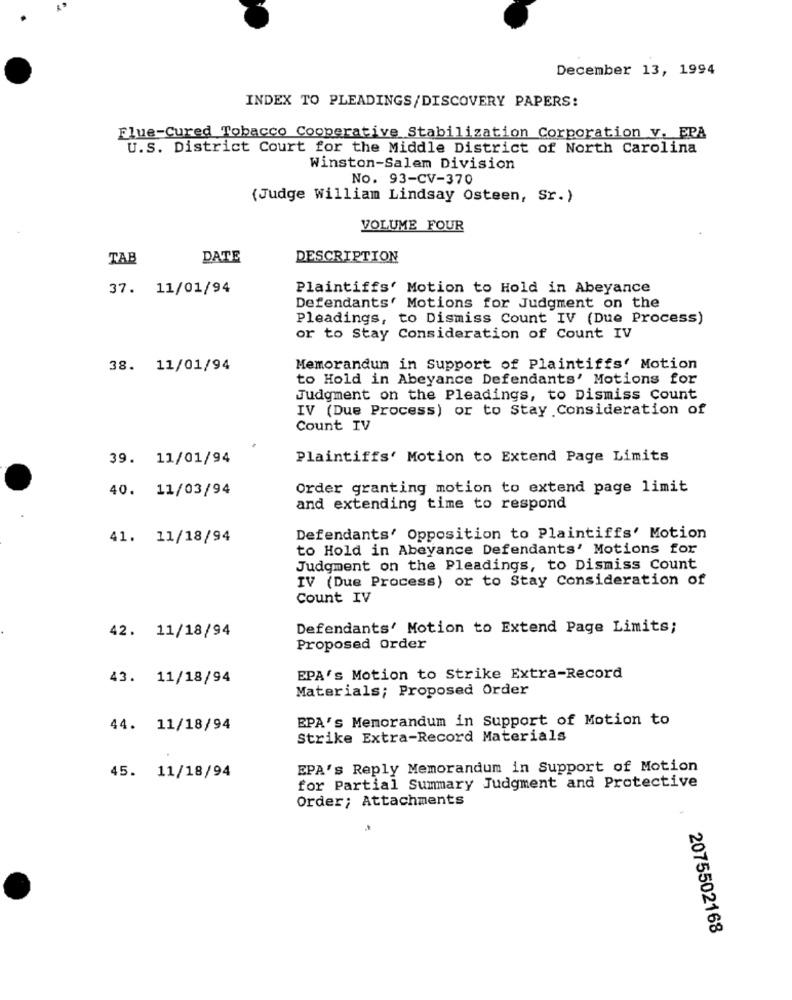
December 13, 1994
INDEX TO PLEADINGS/DISCOVERY PAPERS:
Flue-Cured Tobacco Cooperative Stabilization Corporation v. EPA
U.S. District Court for the Middle District of North Carolina
Winston-Salem Division
No. 93-CV-370
(Judge William Lindsay Osteen, Sr.)
VOLUME FOUR
TAB
DATE
DESCRIPTION
37. 11/01/94
Plaintiffs' Motion to Hold in Abeyance
Defendants' Motions for Judgment on the
Pleadings, to Dismiss Count IV (Due Process)
or to Stay Consideration of Count IV
38. 11/01/94
Memorandum in Support of Plaintiffs' Motion
to Hold in Abeyance Defendants' Motions for
Judgment on the Pleadings, to Dismiss Count
IV (Due Process) or to Stay Consideration of
Count IV
39. 11/01/94
Plaintiffs' Motion to Extend Page Limits
40. 11/03/94
Order granting motion to extend page limit
and extending time to respond
41. 11/18/94
Defendants' Opposition to Plaintiffs' Motion
to Hold in Abeyance Defendants' Motions for
Judgment on the Pleadings, to Dismiss Count
IV (Due Process) or to Stay Consideration of
Count IV
42. 11/18/94
Defendants' Motion to Extend Page Limits;
Proposed Order
43. 11/18/94
EPA's Motion to Strike Extra-Record
Materials; Proposed Order
EPA's Memorandum in Support of Motion to
44. 11/18/94
Strike Extra-Record Materials
EPA's Reply Memorandum in Support of Motion
45. 11/18/94
for Partial Summary Judgment and Protective
Order; Attachments
2075502168